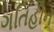
ગતિહીન